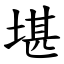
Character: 堪